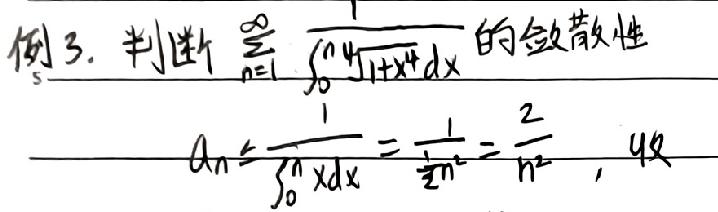
例3. 判断$\sum_{n = 1}^{\infty}\frac{1}{\int_{0}^{n}\sqrt[4]{1 + x^{4}}dx}$的敛散性

$a_{n}\leq\frac{1}{\int_{0}^{n}xdx}=\frac{1}{\frac{1}{2}n^{2}}=\frac{2}{n^{2}}$，  收